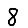
Digit: 8